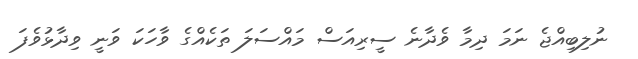
ނުލިބިއްޖެ ނަމަ ދިމާ ވެދާނެ ސީރިއަސް މައްސަލަ ތަކެއްގެ ވާހަކަ ވަނީ ވިދާޅުވެފަ